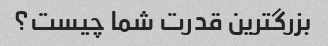
بزرگترین قدرت شما چیست؟